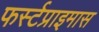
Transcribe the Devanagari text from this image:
फर्स्टप्राइमास